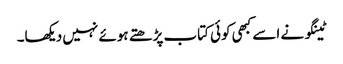
ٹینگو نے اسے کبھی کوئی کتاب پڑھتے ہوئے نہیں دیکھا۔